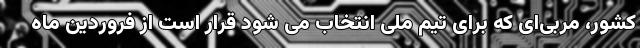
کشور، مربی‌ای که برای تیم ملی انتخاب می شود قرار است از فروردین ماه